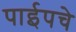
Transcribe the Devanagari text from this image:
पाईपचे